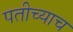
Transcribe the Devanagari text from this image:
पतीच्याच